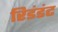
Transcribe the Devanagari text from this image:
रिडंडंट